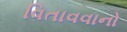
વિતાવવાનો